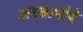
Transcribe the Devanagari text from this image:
अय्यापांचे